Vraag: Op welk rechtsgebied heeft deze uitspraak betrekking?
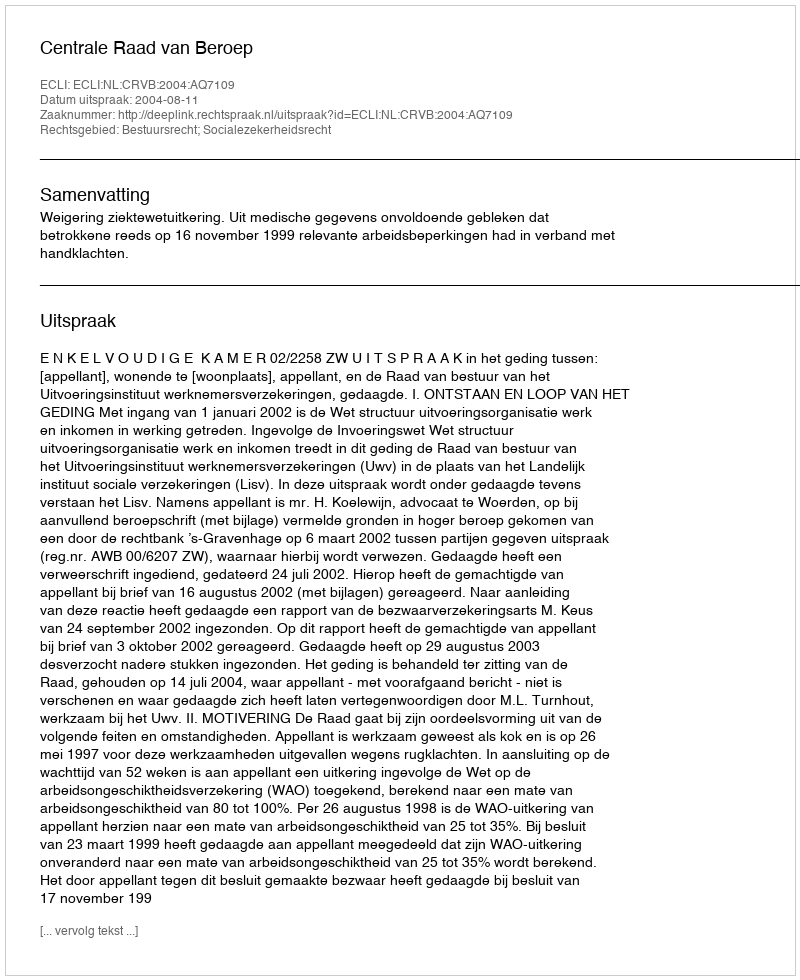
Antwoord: Bestuursrecht; Socialezekerheidsrecht